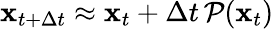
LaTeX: \mathbf{x}_{t+\Delta t}\approx\mathbf{x}_{t}+\Delta t\, \mathcal{P}(\mathbf{x}_{t})